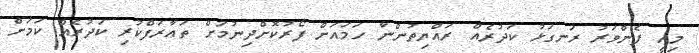
މިއީ ފެންވަރު ރަނގަޅު ކަދުރެއް ރައްޔިތުންނާ ހަމައަށް ފޯރުކޮށްދިނުމަށް ތަޢާރަފްކުރި ކަދުރެއް ކަމަށް